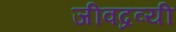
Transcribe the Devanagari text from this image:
जीवद्रव्यी